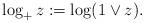
LaTeX: \begin{align*}\log_{+}z:=\log (1\vee z) .\end{align*}